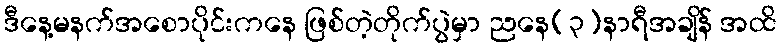
ဒီနေ့မနက်အစောပိုင်းကနေ ဖြစ်တဲ့တိုက်ပွဲမှာ ညနေ(၃)နာရီအချိန် အထိ